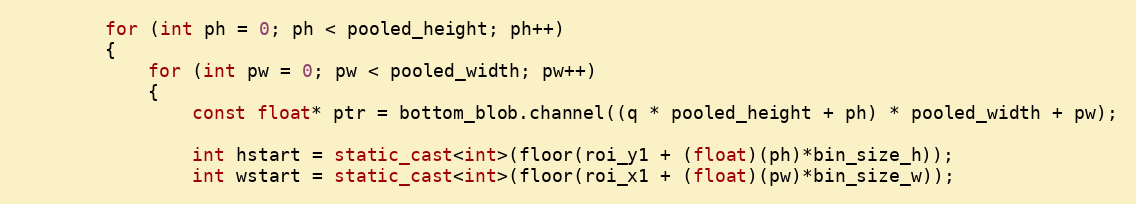
Language: C++
        for (int ph = 0; ph < pooled_height; ph++)
        {
            for (int pw = 0; pw < pooled_width; pw++)
            {
                const float* ptr = bottom_blob.channel((q * pooled_height + ph) * pooled_width + pw);

                int hstart = static_cast<int>(floor(roi_y1 + (float)(ph)*bin_size_h));
                int wstart = static_cast<int>(floor(roi_x1 + (float)(pw)*bin_size_w));